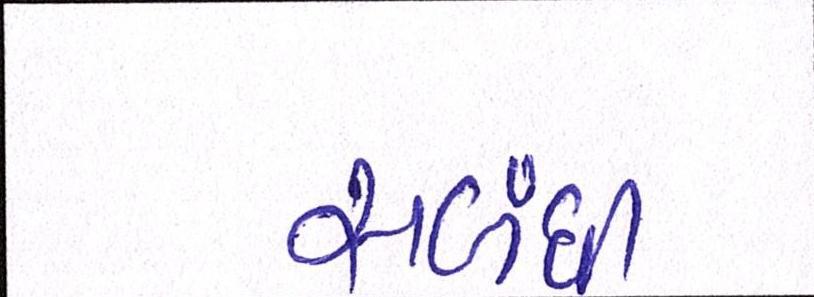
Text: સબંધી